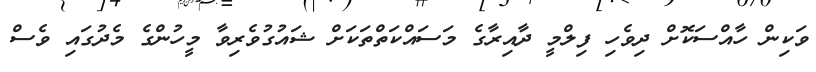
ވަކިން ހާއްސަކޮށް ދިވެހި ފިލްމީ ދާއިރާގެ މަސައްކަތްތަކަށް ޝައުގުވެރިވާ މީހުންގެ މެދުގައި ވެސް